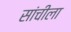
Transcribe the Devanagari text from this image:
सांचीला